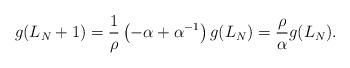
LaTeX: \begin{align*}g(L_N + 1)=\frac{1}{\rho} \left(-\alpha + \alpha^{-1}\right) g(L_N)=\frac{\rho}{\alpha} g(L_N).\end{align*}